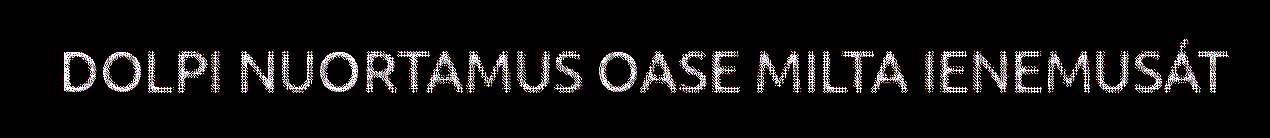
DOLPI NUORTAMUS OASE MILTA IENEMUSÁT